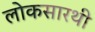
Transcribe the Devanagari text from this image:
लोकसारथी